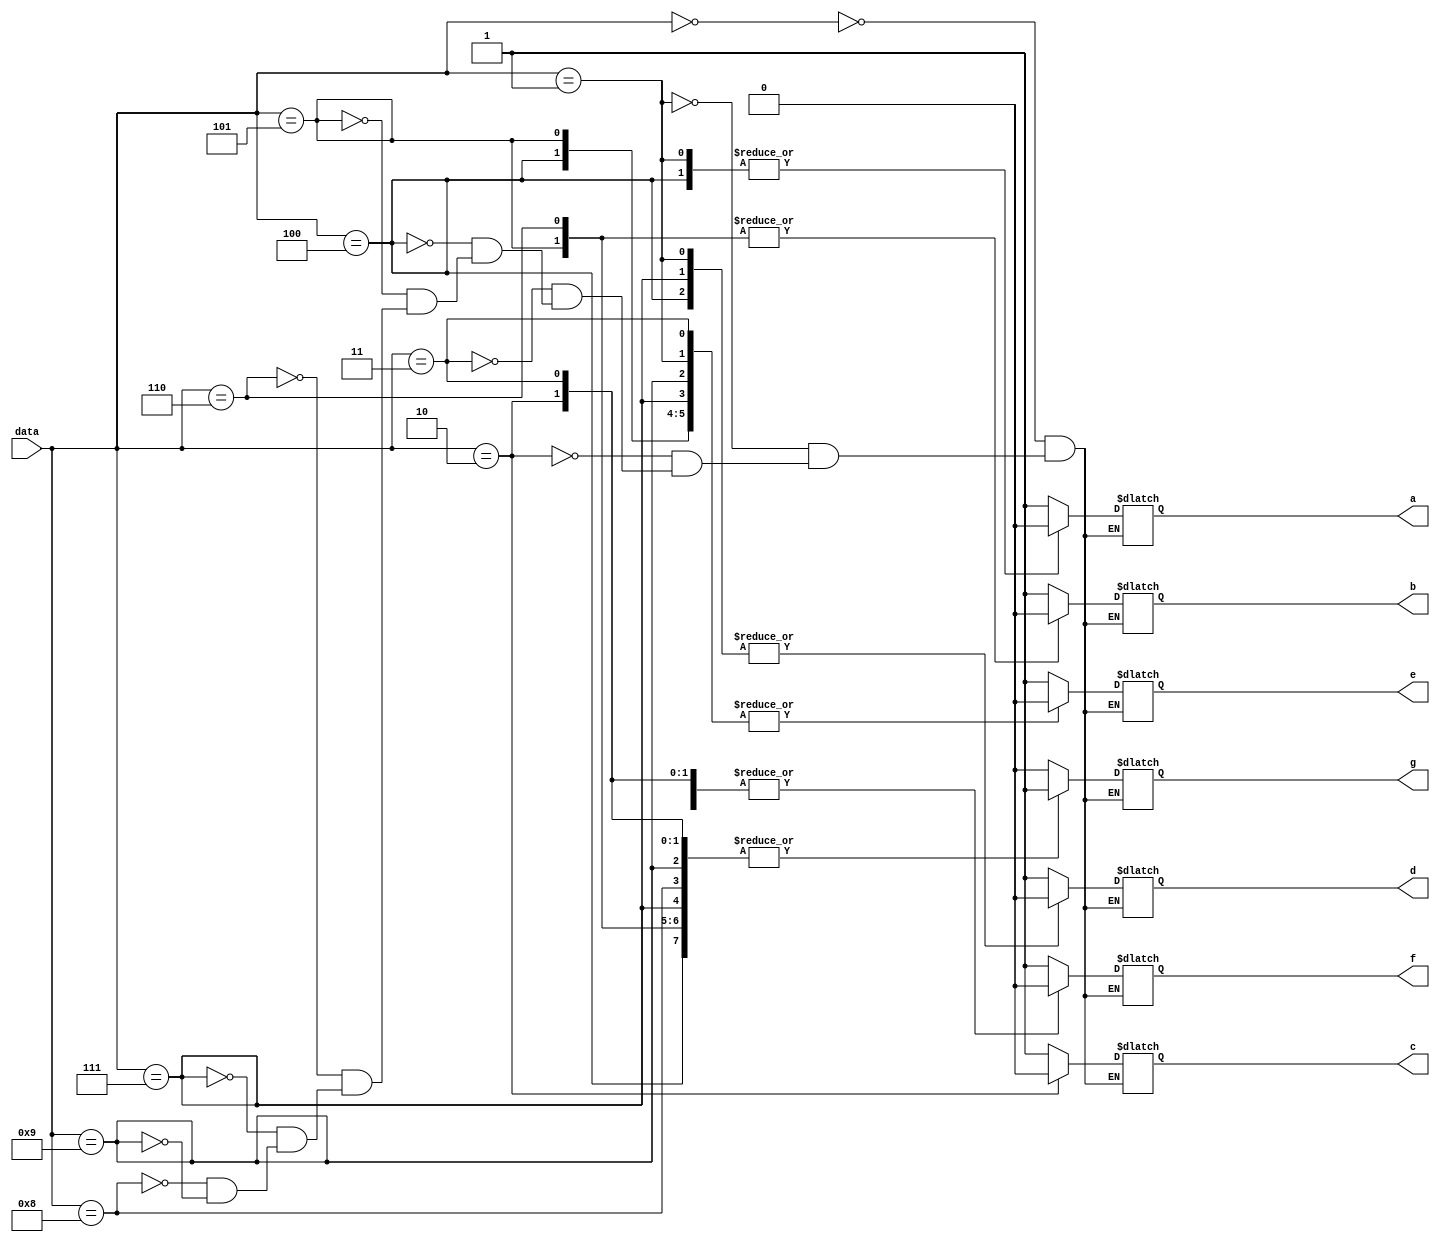
module bcdseven(input [3:0]data,output reg a,b,c,d,e,f,g);
always @(*)begin
case (data)
4'b0000:begin a=1'b1;b=1'b1;c=1'b1;d=1'b1;e=1'b1;f=1'b1;g=1'b0;end
4'b0001:begin a=1'b0;b=1'b1;c=1'b1;d=1'b0;e=1'b0;f=1'b0;g=1'b0;end
4'b0010:begin a=1'b1;b=1'b1;c=1'b0;d=1'b1;e=1'b1;f=1'b0;g=1'b1;end
4'b0011:begin a=1'b1;b=1'b1;c=1'b1;d=1'b1;e=1'b0;f=1'b0;g=1'b1;end
4'b0100:begin a=1'b0;b=1'b1;c=1'b1;d=1'b0;e=1'b0;f=1'b1;g=1'b1;end
4'b0101:begin a=1'b1;b=1'b0;c=1'b1;d=1'b1;e=1'b0;f=1'b1;g=1'b1;end
4'b0110:begin a=1'b1;b=1'b0;c=1'b1;d=1'b1;e=1'b1;f=1'b1;g=1'b1;end
4'b0111:begin a=1'b1;b=1'b1;c=1'b1;d=1'b0;e=1'b0;f=1'b0;g=1'b1;end
4'b1000:begin a=1'b1;b=1'b1;c=1'b1;d=1'b1;e=1'b1;f=1'b1;g=1'b1;end
4'b1001:begin a=1'b1;b=1'b1;c=1'b1;d=1'b1;e=1'b0;f=1'b1;g=1'b1;end
endcase
end
endmodule
 

module tb;
 reg [3:0] data;
 wire a,b,c,d,e,f,g;
 bcdseven bcd(data,a,b,c,d,e,f,g);
 initial begin
 data=0;
 #5 data=1;
 #5 data=2;
 #5 data=3;
 #5 data=4;
 #5 data=5;
 #5 data=6;
 #5 data=7;
 #5 data=8;
 #5 data=9;
 #5 data=1;
 #100 $finish();
 end
 initial
 $monitor($time,"data=%b,a=%b,b=%b,c=%b,d=%b,e=%b,f=%b,g=%b",data,a,b,c,d,e,f,g);
endmodule